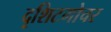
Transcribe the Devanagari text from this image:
दृशिटगोचर